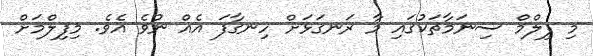
މި ފިލްމް ސިނަމާތަކުގައި މާ ރަނގަޅަށް ހިނގާފަ އެއް ނުވެ އެވެ. މިފިލްމަށް